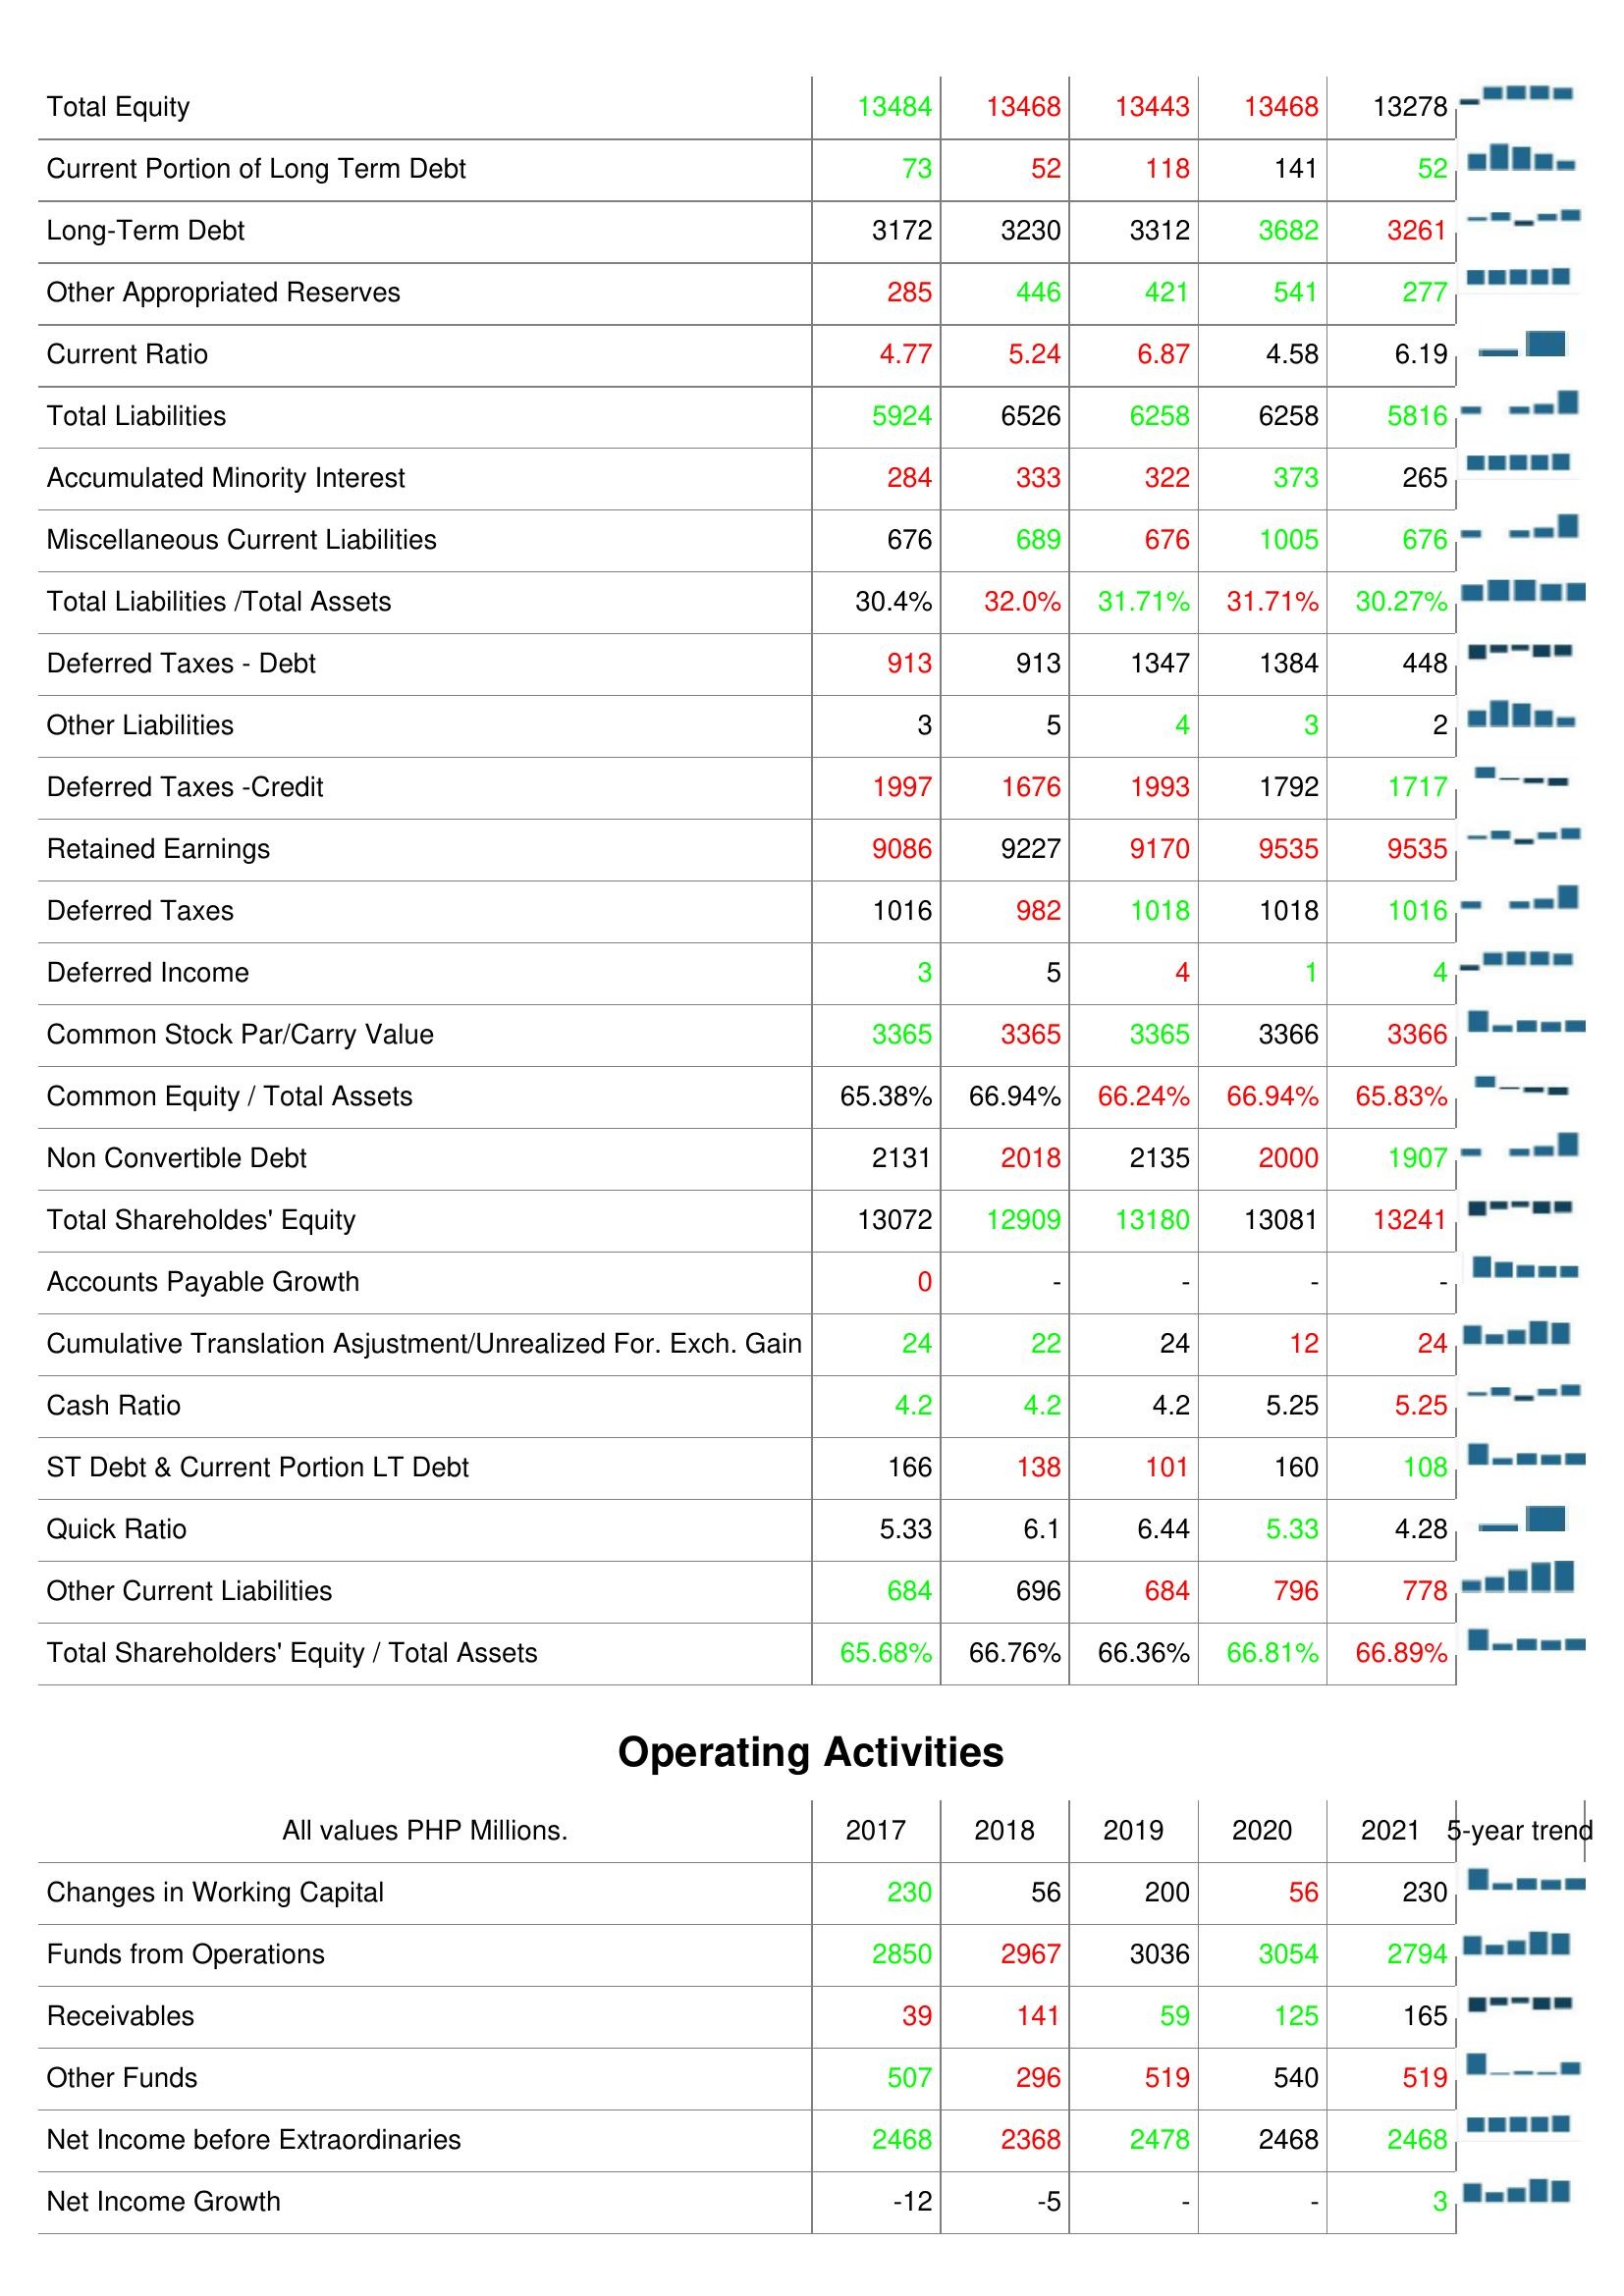
2017: Liabilities & Shareholder's Equity: Total Equity: 13484
Current Portion of Long Term Debt: 73
Long-Term Debt: 3172
Other Appropriated Reserves: 285
Current Ratio: 4.77
Total Liabilities: 5924
Accumulated Minority Interest: 284
Miscellaneous Current Liabilities: 676
Total Liabilities /Total Assets: 30.4%
Deferred Taxes - Debt: 913
Other Liabilities: 3
Deferred Taxes -Credit: 1997
Retained Earnings: 9086
Deferred Taxes: 1016
Deferred Income: 3
Common Stock Par/Carry Value: 3365
Common Equity / Total Assets: 65.38%
Non Convertible Debt: 2131
Total Shareholdes' Equity: 13072
Accounts Payable Growth: 0
Cumulative Translation Asjustment/Unrealized For. Exch. Gain: 24
Cash Ratio: 4.2
ST Debt & Current Portion LT Debt: 166
Quick Ratio: 5.33
Other Current Liabilities: 684
Total Shareholders' Equity / Total Assets: 65.68%
Operating Activities: Changes in Working Capital: 230
Funds from Operations: 2850
Receivables: 39
Other Funds: 507
Net Income before Extraordinaries: 2468
Net Income Growth: -12
2018: Liabilities & Shareholder's Equity: Total Equity: 13468
Current Portion of Long Term Debt: 52
Long-Term Debt: 3230
Other Appropriated Reserves: 446
Current Ratio: 5.24
Total Liabilities: 6526
Accumulated Minority Interest: 333
Miscellaneous Current Liabilities: 689
Total Liabilities /Total Assets: 32.0%
Deferred Taxes - Debt: 913
Other Liabilities: 5
Deferred Taxes -Credit: 1676
Retained Earnings: 9227
Deferred Taxes: 982
Deferred Income: 5
Common Stock Par/Carry Value: 3365
Common Equity / Total Assets: 66.94%
Non Convertible Debt: 2018
Total Shareholdes' Equity: 12909
Accounts Payable Growth: -
Cumulative Translation Asjustment/Unrealized For. Exch. Gain: 22
Cash Ratio: 4.2
ST Debt & Current Portion LT Debt: 138
Quick Ratio: 6.1
Other Current Liabilities: 696
Total Shareholders' Equity / Total Assets: 66.76%
Operating Activities: Changes in Working Capital: 56
Funds from Operations: 2967
Receivables: 141
Other Funds: 296
Net Income before Extraordinaries: 2368
Net Income Growth: -5
2019: Liabilities & Shareholder's Equity: Total Equity: 13443
Current Portion of Long Term Debt: 118
Long-Term Debt: 3312
Other Appropriated Reserves: 421
Current Ratio: 6.87
Total Liabilities: 6258
Accumulated Minority Interest: 322
Miscellaneous Current Liabilities: 676
Total Liabilities /Total Assets: 31.71%
Deferred Taxes - Debt: 1347
Other Liabilities: 4
Deferred Taxes -Credit: 1993
Retained Earnings: 9170
Deferred Taxes: 1018
Deferred Income: 4
Common Stock Par/Carry Value: 3365
Common Equity / Total Assets: 66.24%
Non Convertible Debt: 2135
Total Shareholdes' Equity: 13180
Accounts Payable Growth: -
Cumulative Translation Asjustment/Unrealized For. Exch. Gain: 24
Cash Ratio: 4.2
ST Debt & Current Portion LT Debt: 101
Quick Ratio: 6.44
Other Current Liabilities: 684
Total Shareholders' Equity / Total Assets: 66.36%
Operating Activities: Changes in Working Capital: 200
Funds from Operations: 3036
Receivables: 59
Other Funds: 519
Net Income before Extraordinaries: 2478
Net Income Growth: -
2020: Liabilities & Shareholder's Equity: Total Equity: 13468
Current Portion of Long Term Debt: 141
Long-Term Debt: 3682
Other Appropriated Reserves: 541
Current Ratio: 4.58
Total Liabilities: 6258
Accumulated Minority Interest: 373
Miscellaneous Current Liabilities: 1005
Total Liabilities /Total Assets: 31.71%
Deferred Taxes - Debt: 1384
Other Liabilities: 3
Deferred Taxes -Credit: 1792
Retained Earnings: 9535
Deferred Taxes: 1018
Deferred Income: 1
Common Stock Par/Carry Value: 3366
Common Equity / Total Assets: 66.94%
Non Convertible Debt: 2000
Total Shareholdes' Equity: 13081
Accounts Payable Growth: -
Cumulative Translation Asjustment/Unrealized For. Exch. Gain: 12
Cash Ratio: 5.25
ST Debt & Current Portion LT Debt: 160
Quick Ratio: 5.33
Other Current Liabilities: 796
Total Shareholders' Equity / Total Assets: 66.81%
Operating Activities: Changes in Working Capital: 56
Funds from Operations: 3054
Receivables: 125
Other Funds: 540
Net Income before Extraordinaries: 2468
Net Income Growth: -
2021: Liabilities & Shareholder's Equity: Total Equity: 13278
Current Portion of Long Term Debt: 52
Long-Term Debt: 3261
Other Appropriated Reserves: 277
Current Ratio: 6.19
Total Liabilities: 5816
Accumulated Minority Interest: 265
Miscellaneous Current Liabilities: 676
Total Liabilities /Total Assets: 30.27%
Deferred Taxes - Debt: 448
Other Liabilities: 2
Deferred Taxes -Credit: 1717
Retained Earnings: 9535
Deferred Taxes: 1016
Deferred Income: 4
Common Stock Par/Carry Value: 3366
Common Equity / Total Assets: 65.83%
Non Convertible Debt: 1907
Total Shareholdes' Equity: 13241
Accounts Payable Growth: -
Cumulative Translation Asjustment/Unrealized For. Exch. Gain: 24
Cash Ratio: 5.25
ST Debt & Current Portion LT Debt: 108
Quick Ratio: 4.28
Other Current Liabilities: 778
Total Shareholders' Equity / Total Assets: 66.89%
Operating Activities: Changes in Working Capital: 230
Funds from Operations: 2794
Receivables: 165
Other Funds: 519
Net Income before Extraordinaries: 2468
Net Income Growth: 3